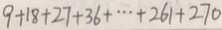
9 + 1 8 + 2 7 + 3 6 + \cdots + 2 6 1 + 2 7 0